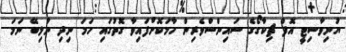
ޔުނިވާސިޓީ އޮފް ޗިކާގޯގެ ސައިންސްވެރިން ހާމަކޮށްފައިވާ ގޮތުގައި ހަމަ ނިދި ނުލިބޭ ނަމަ